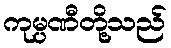
ကုမ္ပဏီတို့သည်